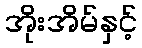
အိုးအိမ်နှင့်